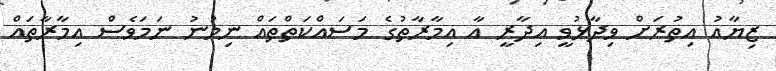
ޒިޔާއު އިތުރަށް ވިދާޅުވީ އިދާރީ އާ އިމާރާތުގެ މަސައްކަތްތައް ނިމުނު ނަަމަވެސް އިމާރާތައް